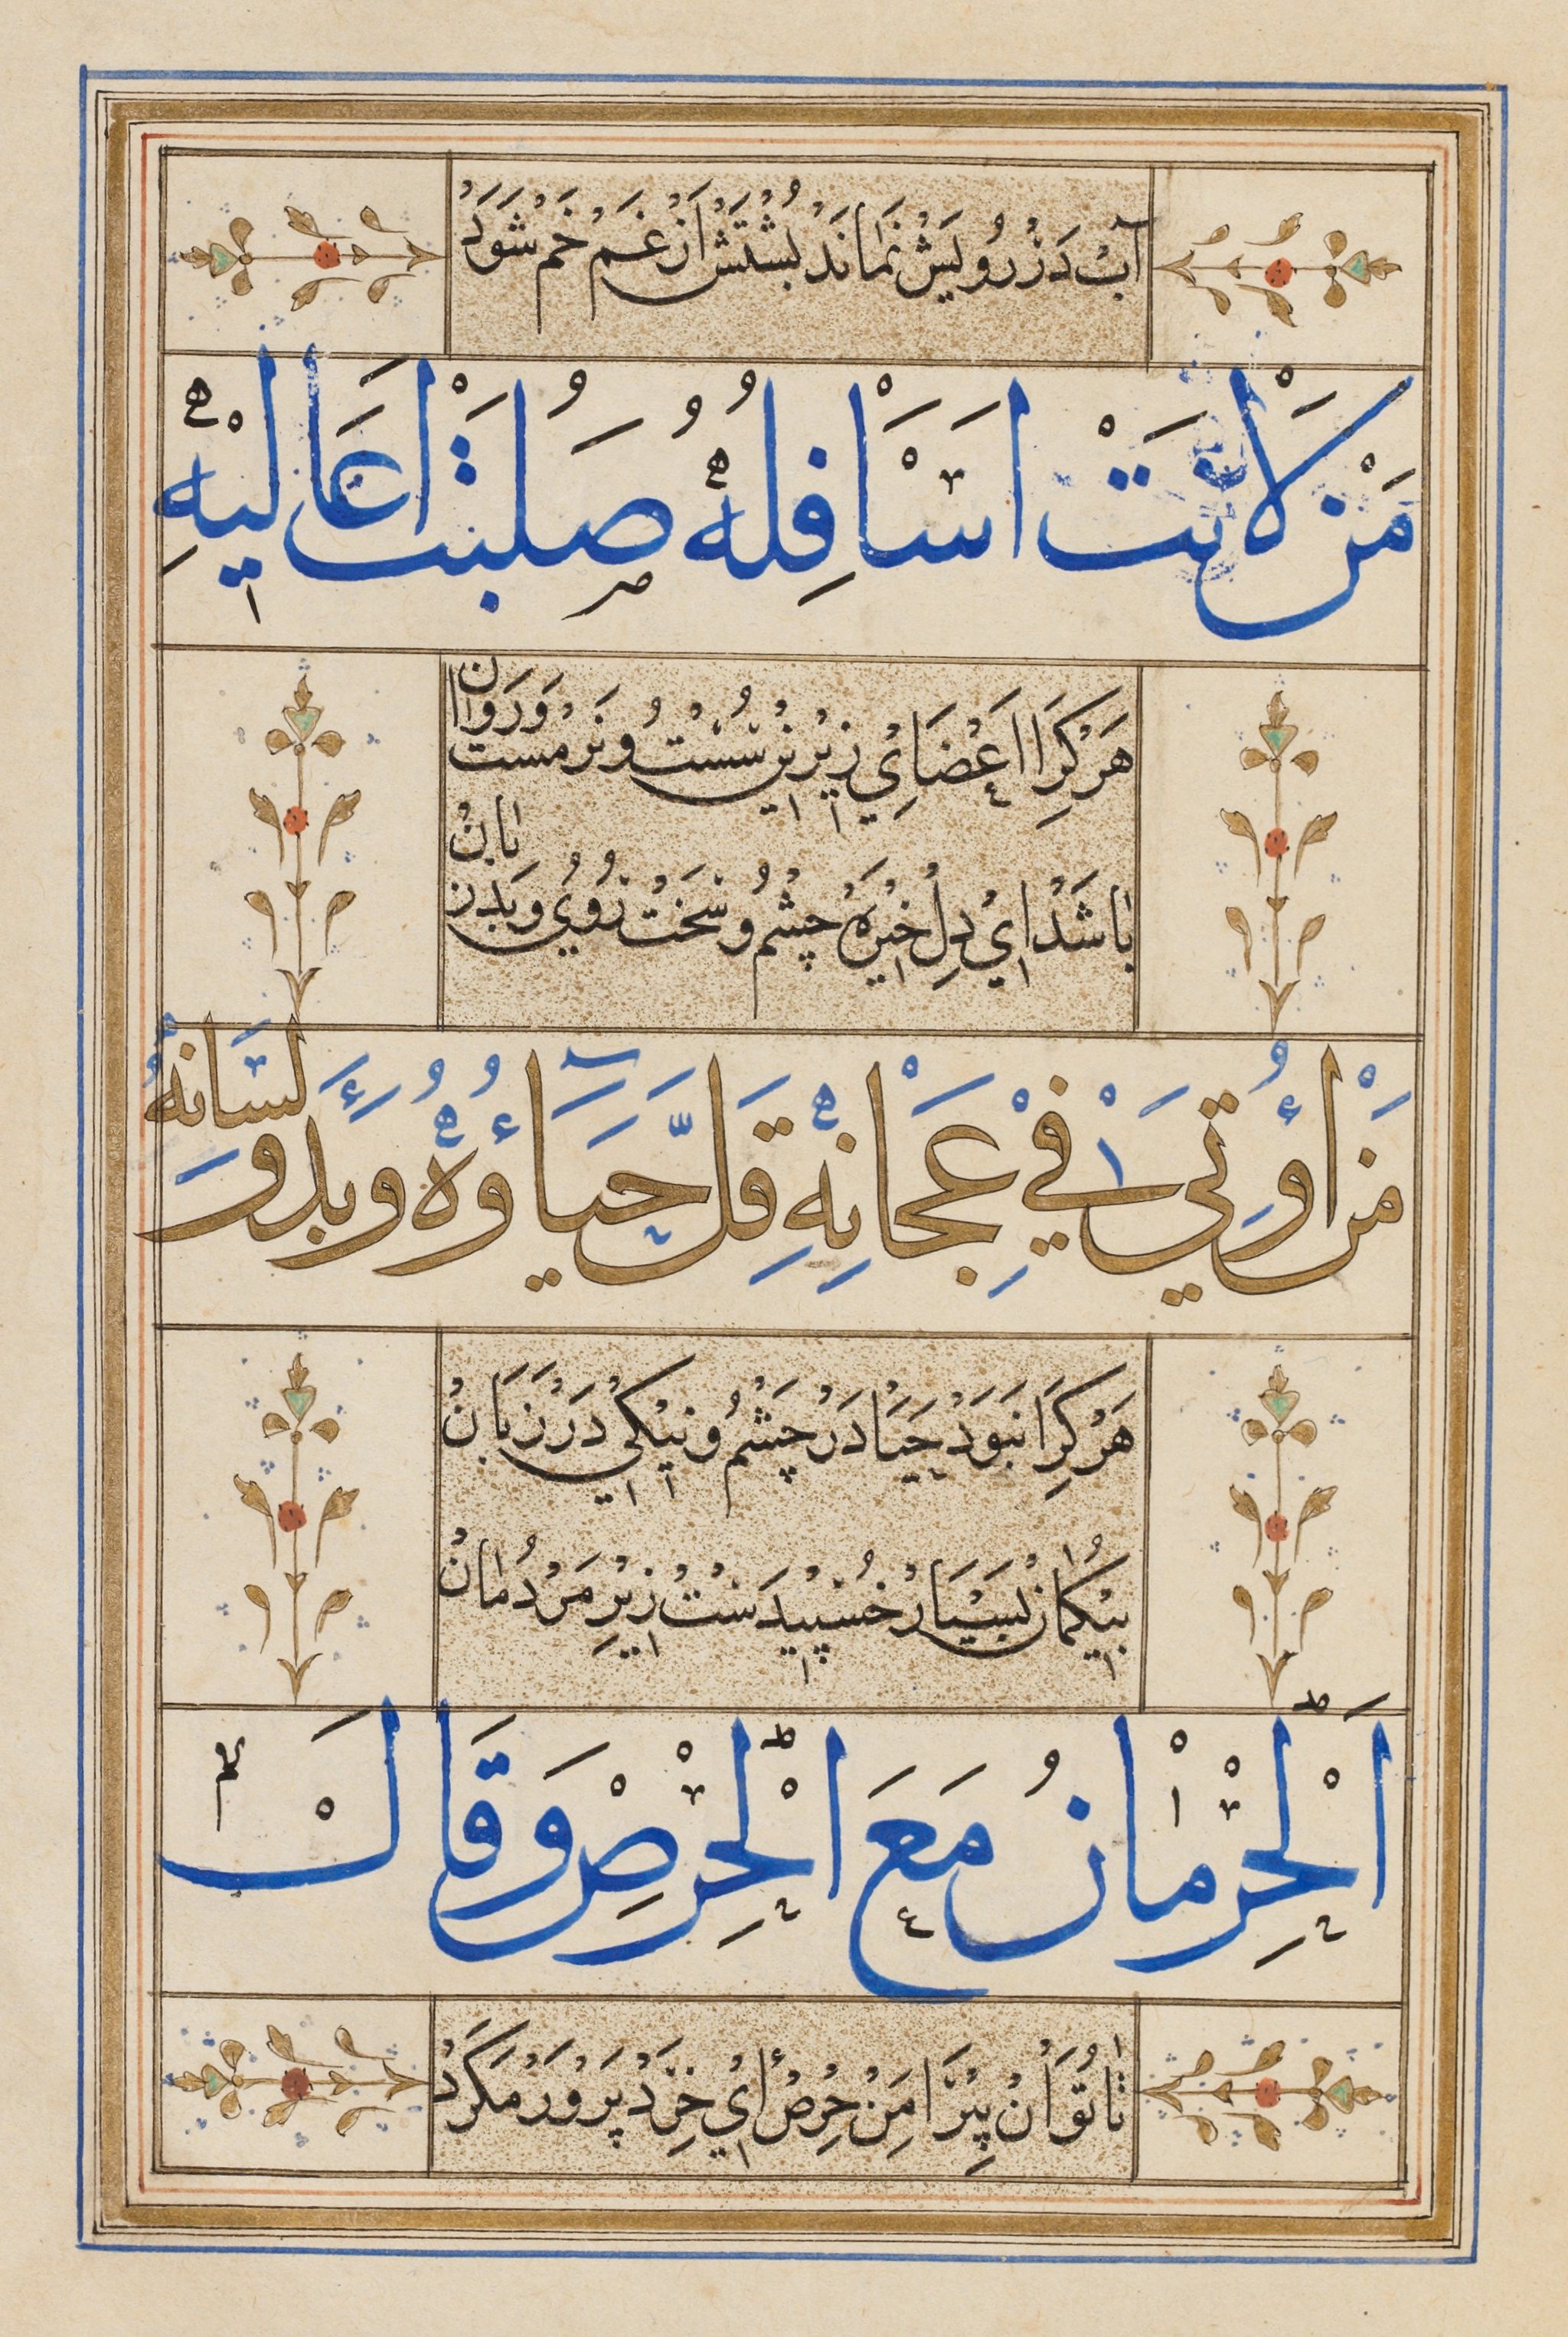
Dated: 1545–1545